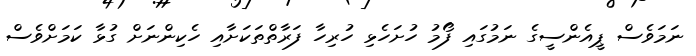
ނަމަވެސް ޕީއެންސީގެ ނަމުގައި ފޯމު ހުށަހެޅި ހުރިހާ ފަރާތްތަކަށާއި ހެކިންނަށް ގުޅާ ކަމަށްވެސް